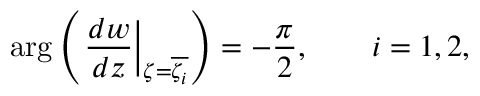
\arg \left( \left. \frac { d w } { d z } \right| _ { \zeta = \overline { { \zeta _ { i } } } } \right) = - \frac { \pi } { 2 } , \qquad i = 1 , 2 ,